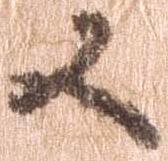
又